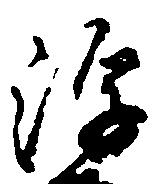
浮